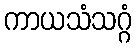
ကာယသံသဂ္ဂံ